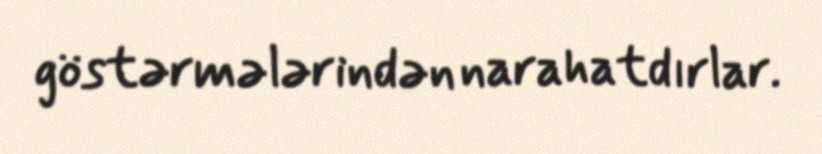
göstərmələrindən narahatdırlar.